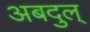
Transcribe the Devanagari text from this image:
अबदुल्